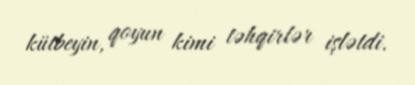
kütbeyin, qoyun kimi təhqirlər işlətdi.